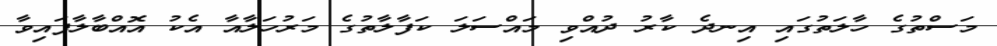
މަސްތުގެ ހާލަތުގައި އިނދެ ކާރު ދުއްވި މައްސަލަ ކަފާލާތުގެ މަރުހަލާއާ އެކު އޮއްބާލާފައިވާ